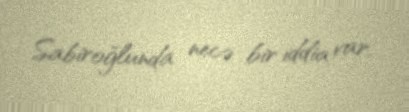
Sabiroğlunda necə bir iddia var.